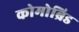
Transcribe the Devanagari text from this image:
कोमोब्रिड